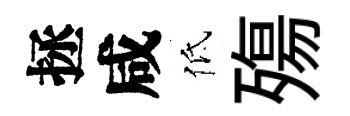
拯咸低殤